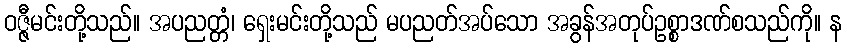
ဝဇ္ဇီမင်းတို့သည်။ အပညတ္တံ၊ ရှေးမင်းတို့သည် မပညတ်အပ်သော အခွန်အတုပ်ဥစ္စာဒဏ်စသည်ကို။ န